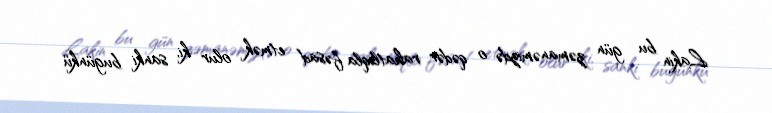
Lakin bu gün zəmanəmizdə o qədər rahatlıqla fəsad etmək olur ki, sanki bugünkü